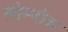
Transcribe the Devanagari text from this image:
लोम्पोक